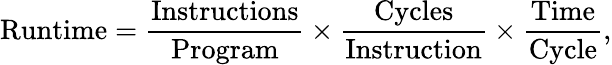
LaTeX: \mathrm{Runtime}={\frac{\mathrm{Instructions}}{\mathrm{Program}}}\times{\frac{\mathrm{Cycles}}{\mathrm{Instruction}}}\times{\frac{\mathrm{Time}}{\mathrm{Cycle}}},